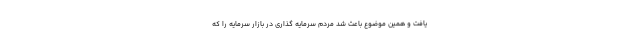
یافت و همین موضوع باعث شد مردم سرمایه گذاری در بازار سرمایه را که